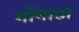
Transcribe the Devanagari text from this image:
गोंगाटा